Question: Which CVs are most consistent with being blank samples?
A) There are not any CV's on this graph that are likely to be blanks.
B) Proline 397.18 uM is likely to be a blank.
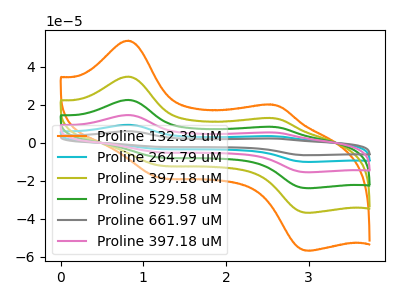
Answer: <think>The orange curve "Proline 132.39 uM" has anodic peaks at (0.80V, 53.80uA) (2.55V, 20.20uA) and cathodic peaks at (1.15V, -17.50uA) (3.00V, -56.60uA). The cyan curve "Proline 264.79 uM" has anodic peaks at (0.80V, 139.50uA) (2.55V, 52.35uA) and cathodic peaks at (1.15V, -45.40uA) (3.00V, -146.75uA). The olive curve "Proline 397.18 uM" has anodic peaks at (0.80V, 34.90uA) (2.55V, 13.10uA) and cathodic peaks at (1.15V, -11.35uA) (3.00V, -36.70uA). The green curve "Proline 529.58 uM" has anodic peaks at (0.80V, 69.75uA) (2.55V, 26.20uA) and cathodic peaks at (1.15V, -22.70uA) (3.00V, -73.40uA). The gray curve "Proline 661.97 uM" has anodic peaks at (0.80V, 174.40uA) (2.55V, 65.45uA) and cathodic peaks at (1.15V, -56.80uA) (3.00V, -183.45uA). The pink curve "Proline 397.18 uM" has anodic peaks at (0.80V, 104.65uA) (2.55V, 39.25uA) and cathodic peaks at (1.15V, -34.05uA) (3.00V, -110.10uA).</think>
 <answer>A) There are not any CV's on this graph that are likely to be blanks.</answer>
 <eval>A</eval>